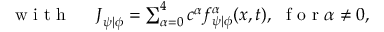
\begin{array} { r l } { \mathrm { ~ w ~ i ~ t ~ h ~ } \ } & { { } \boldsymbol { J } _ { \psi \vert \phi } = \sum _ { \alpha = 0 } ^ { 4 } \boldsymbol { c } ^ { \alpha } f _ { \psi \vert \phi } ^ { \alpha } ( \boldsymbol { x } , t ) , \ \mathrm { ~ f ~ o ~ r ~ } \alpha \neq 0 , } \end{array}